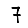
Digit: 7